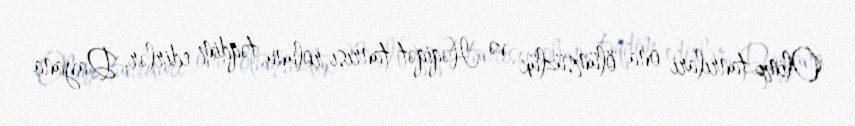
Olimp tanrıları ona ölümsüzlük və Həqiqət tanrısı rolunu təqdim edirlər, Dayana